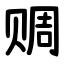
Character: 赒